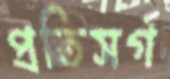
প্রতিসর্গ